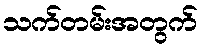
သက်တမ်းအတွက်